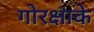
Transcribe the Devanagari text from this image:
गोरक्षाके